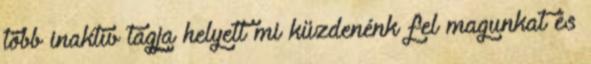
több inaktív tagja helyett mi küzdenénk fel magunkat és